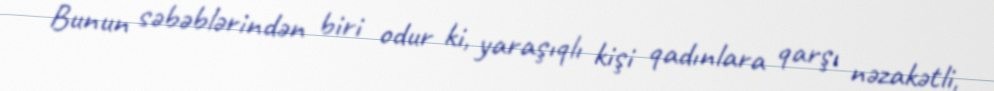
Bunun səbəblərindən biri odur ki, yaraşıqlı kişi qadınlara qarşı nəzakətli,